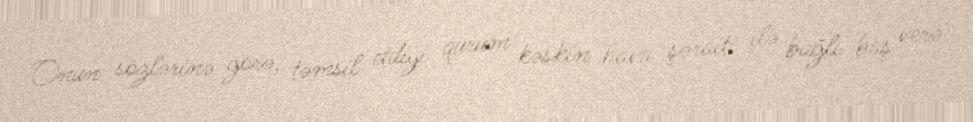
Onun sözlərinə görə, təmsil etdiyi qurum kəskin hava şəraiti ilə bağlı baş verə